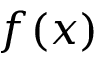
f ( x )